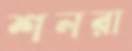
শনরা